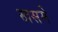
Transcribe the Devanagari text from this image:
खसमे